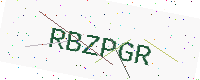
Text: RBZPGR